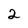
Character: 2